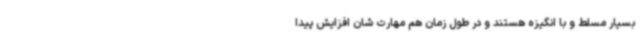
بسیار مسلط و با انگیزه هستند و در طول زمان هم مهارت شان افزایش پیدا